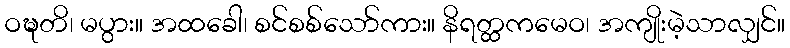
ဝဍ္ဎတိ၊ မပွား။ အထခေါ၊ စင်စစ်သော်ကား။ နိရတ္ထကမေဝ၊ အကျိုးမဲ့သာလျှင်။